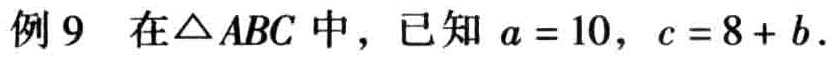
例9 在$\triangle ABC$中，已知$a = 10$，$c = 8 + b$.